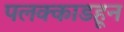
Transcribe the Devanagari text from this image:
पलक्काडहून